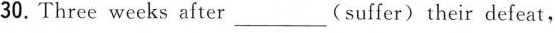
30.Three weeks after_(suffer)their defeat,